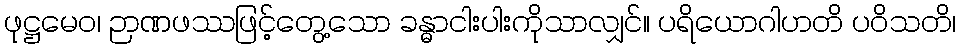
ဖုဋ္ဌမေဝ၊ ဉာဏဖဿဖြင့်တွေ့သော ခန္ဓာငါးပါးကိုသာလျှင်။ ပရိယောဂါဟတိ ပဝိသတိ၊